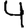
Digit: 4